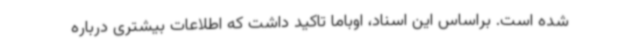
شده است. براساس این اسناد، اوباما تاکید داشت که اطلاعات بیشتری درباره